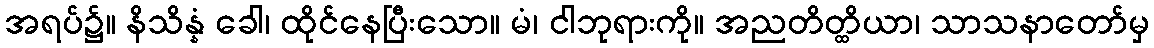
အရပ်၌။ နိသိန္နံ ခေါ၊ ထိုင်နေပြီးသော။ မံ၊ ငါဘုရားကို။ အညတိတ္ထိယာ၊ သာသနာတော်မှ